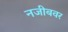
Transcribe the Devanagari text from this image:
नजीबवर